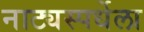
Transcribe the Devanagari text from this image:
नाट्यस्पर्धेला